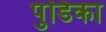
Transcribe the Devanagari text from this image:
पुडिका